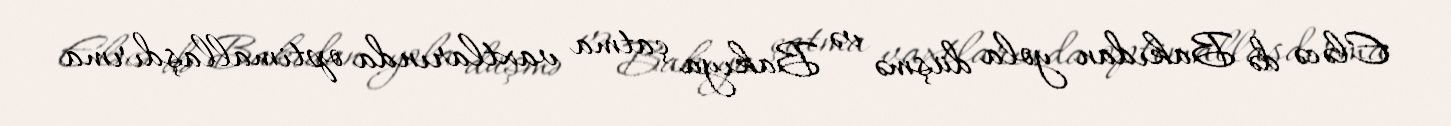
Eləcə də Bakıdan yola düşmə və Bakıya çatma vaxtlarında optimallaşdırma